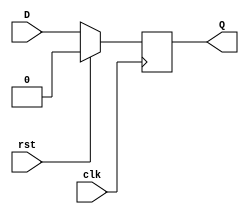
module D_flip_flop(D,clk,rst,Q);
input D,clk,rst;
output reg Q;
always @(posedge clk) begin
    if(rst)Q<=1'b0;
    else Q<=D;
end
endmodule
module Mod_10_Counter(clk,rst,res);
input clk;
input rst;
wire Q0,Q1,Q2,Q3;
wire Q1_bar,Q2_bar,Q3_bar;
output[3:0] res;
D_flip_flop D0(~Q0,clk,rst,Q0);
assign Q1_bar=((~Q3)&(~Q1)&Q0)|(Q1&(~Q0));
D_flip_flop D1(Q1_bar,clk,rst,Q1);
assign Q2_bar=(Q2&(~Q1))|(Q2&(~Q0))|((~Q2)&Q1&Q0);
D_flip_flop D2(Q2_bar,clk,rst,Q2);
assign Q3_bar=(Q3&(~Q0))|(Q2&Q1&Q0);
D_flip_flop D3(Q3_bar,clk,rst,Q3);
assign res={Q3,Q2,Q1,Q0};
endmodule